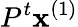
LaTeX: P^{t}\mathbf{x}^{(1)}